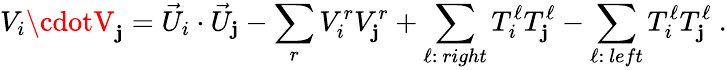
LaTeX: V_{i}\cdotV_{\mathbf{j}}={\vec{{U}}}_{i}\cdot{\vec{{U}}}_{\mathbf{j}}-\sum_{r}V_{i}^{r}V_{\mathbf{j}}^{r}+\sum_{\ell:~right}T_{i}^{\ell}T_{\mathbf{j}}^{\ell}-\sum_{\ell:~left}T_{i}^{\ell}T_{\mathbf{j}}^{\ell}~.